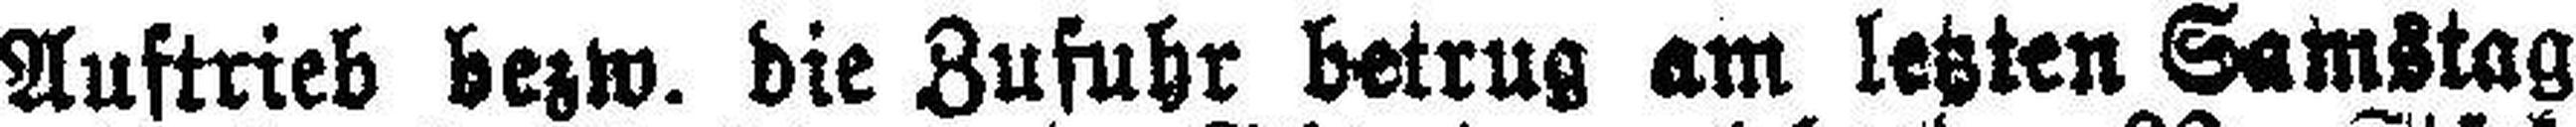
Auftrieb bezw. die Zufuhr betrug am letzten Samstag